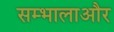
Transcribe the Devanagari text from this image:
सम्भालाऔर